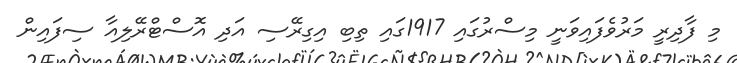
މި ފާދިރީ މަރުވެފައިވަނީ މިސްރުގައި 1917ގައި ތިބި އިގިރޭސި އަދި އޮސްޓްރޭލިއާ ސިފައިން